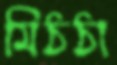
মিঠঠা